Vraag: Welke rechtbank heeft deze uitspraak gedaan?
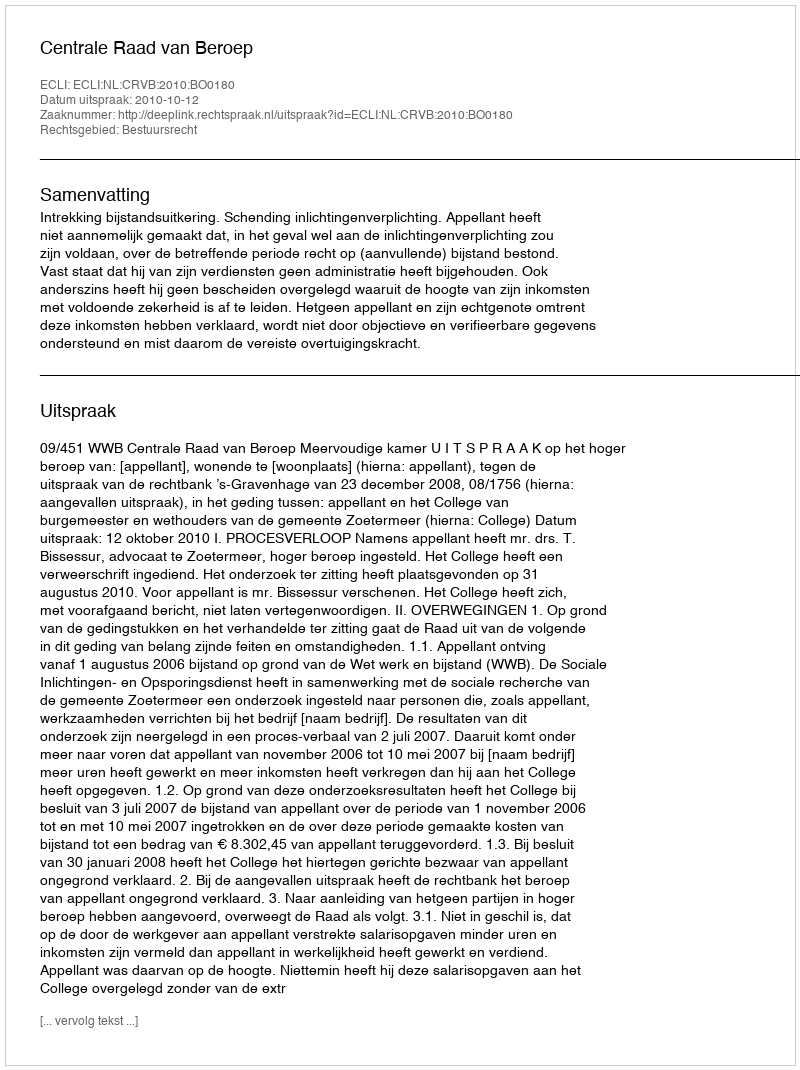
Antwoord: Centrale Raad van Beroep